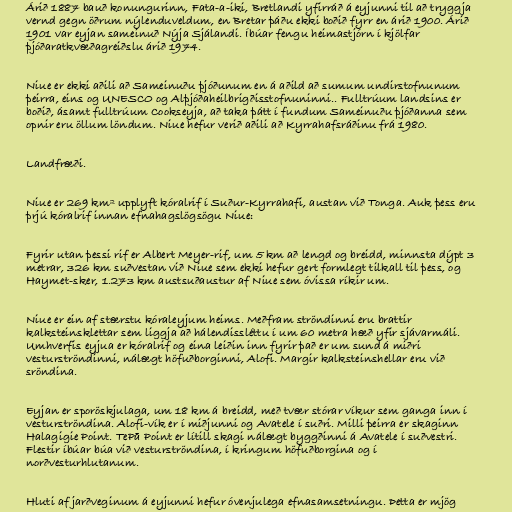
Árið 1887 bauð konungurinn, Fata-a-iki, Bretlandi yfirráð á eyjunni til að tryggja
vernd gegn öðrum nýlenduveldum, en Bretar þáðu ekki boðið fyrr en árið 1900. Árið
1901 var eyjan sameinuð Nýja Sjálandi. Íbúar fengu heimastjórn í kjölfar
þjóðaratkvæðagreiðslu árið 1974.

Niue er ekki aðili að Sameinuðu þjóðunum en á aðild að sumum undirstofnunum
þeirra, eins og UNESCO og Alþjóðaheilbrigðisstofnuninni.. Fulltrúum landsins er
boðið, ásamt fulltrúum Cookseyja, að taka þátt í fundum Sameinuðu þjóðanna sem
opnir eru öllum löndum. Niue hefur verið aðili að Kyrrahafsráðinu frá 1980.

Landfræði.

Niue er 269 km² upplyft kóralrif í Suður-Kyrrahafi, austan við Tonga. Auk þess eru
þrjú kóralrif innan efnahagslögsögu Niue:

Fyrir utan þessi rif er Albert Meyer-rif, um 5 km að lengd og breidd, minnsta dýpt 3
metrar, 326 km suðvestan við Niue sem ekki hefur gert formlegt tilkall til þess, og
Haymet-sker, 1.273 km austsuðaustur af Niue sem óvissa ríkir um.

Niue er ein af stærstu kóraleyjum heims. Meðfram ströndinni eru brattir
kalksteinsklettar sem liggja að hálendissléttu í um 60 metra hæð yfir sjávarmáli.
Umhverfis eyjua er kóralrif og eina leiðin inn fyrir það er um sund á miðri
vesturströndinni, nálægt höfuðborginni, Alofi. Margir kalksteinshellar eru við
sröndina.

Eyjan er sporöskjulaga, um 18 km á breidd, með tvær stórar víkur sem ganga inn í
vesturströndina. Alofi-vík er í miðjunni og Avatele í suðri. Milli þeirra er skaginn
Halagigie Point. TePā Point er lítill skagi nálægt byggðinni á Avatele í suðvestri.
Flestir íbúar búa við vesturströndina, í kringum höfuðborgina og í
norðvesturhlutanum.

Hluti af jarðveginum á eyjunni hefur óvenjulega efnasamsetningu. Þetta er mjög